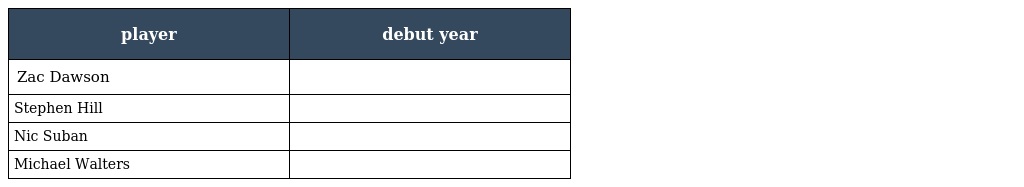
| player | debut year |
 | --- | --- |
 | Zac Dawson |  |
 | Stephen Hill |  |
 | Nic Suban |  |
 | Michael Walters |  |